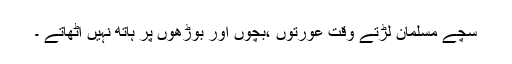
سچے مسلمان لڑتے وقت عورتوں ،بچوں اور بوڑھوں پر ہاتھ نہیں اُٹھاتے ۔